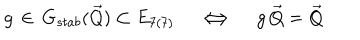
g \, \in \, G _ { s t a b } ( { \vec { Q } } ) \subset E _ { 7 ( 7 ) } \quad \Longleftrightarrow \quad g \, { \vec { Q } } = { \vec { Q } }